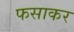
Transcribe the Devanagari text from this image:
फसाकर